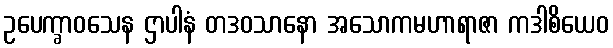
ဥပေက္ခာဝသေန ဌာပါနံ တဒဝသာနော အသောကမဟာရာဇာ ကဒါစိယေဝ